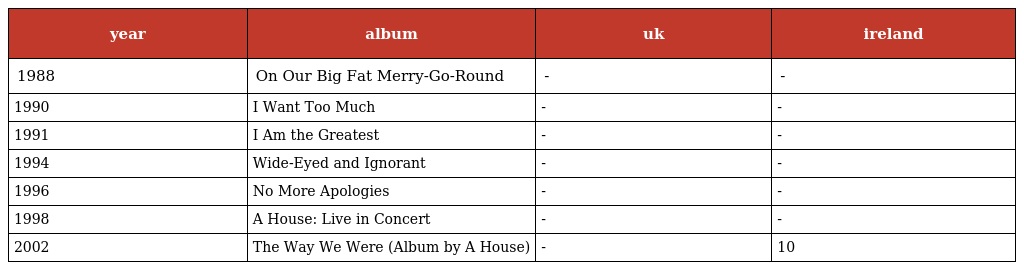
| year | album | uk | ireland |
 | --- | --- | --- | --- |
 | 1988 | On Our Big Fat Merry-Go-Round | - | - |
 | 1990 | I Want Too Much | - | - |
 | 1991 | I Am the Greatest | - | - |
 | 1994 | Wide-Eyed and Ignorant | - | - |
 | 1996 | No More Apologies | - | - |
 | 1998 | A House: Live in Concert | - | - |
 | 2002 | The Way We Were (Album by A House) | - | 10 |